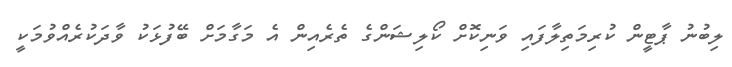
ލިބުނު ޕާޓީން ކުރިމަތިލާފައި ވަނިކޮށް ކޯލިޝަންގެ ތެރެއިން އެ މަގާމަށް ބޭފުޅަކު ވާދަކުރެއްވުމަކީ